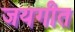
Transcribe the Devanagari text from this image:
जयगीत